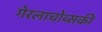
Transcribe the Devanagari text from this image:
गेरलाचोव्सकी